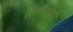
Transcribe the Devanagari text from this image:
सैलीसबरी